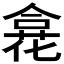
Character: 𠎍